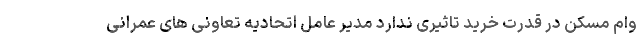
وام مسکن در قدرت خرید تاثیری ندارد مدیر عامل اتحادیه تعاونی های عمرانی